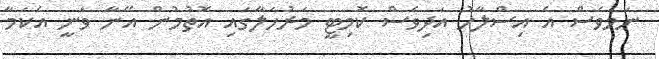
ނަމަވެސް އެ އިސްލާހު އަދިވެސް ކޮމިޓީީ މަރުހަލާގައި އޮތުމުން އޭނާ ވަނީ އެކަމާ